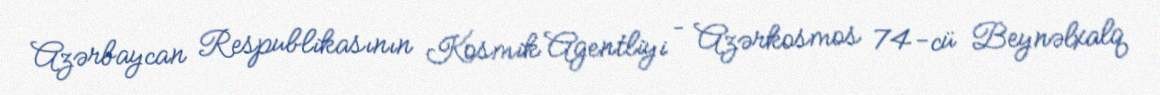
Azərbaycan Respublikasının Kosmik Agentliyi – Azərkosmos 74-cü Beynəlxalq